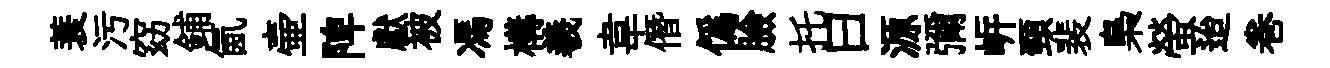
蓑污窈鋪氤壷陴獻被馮構羲韋僭偽臉托曰源彌㟁頸裴梟螢迨巻